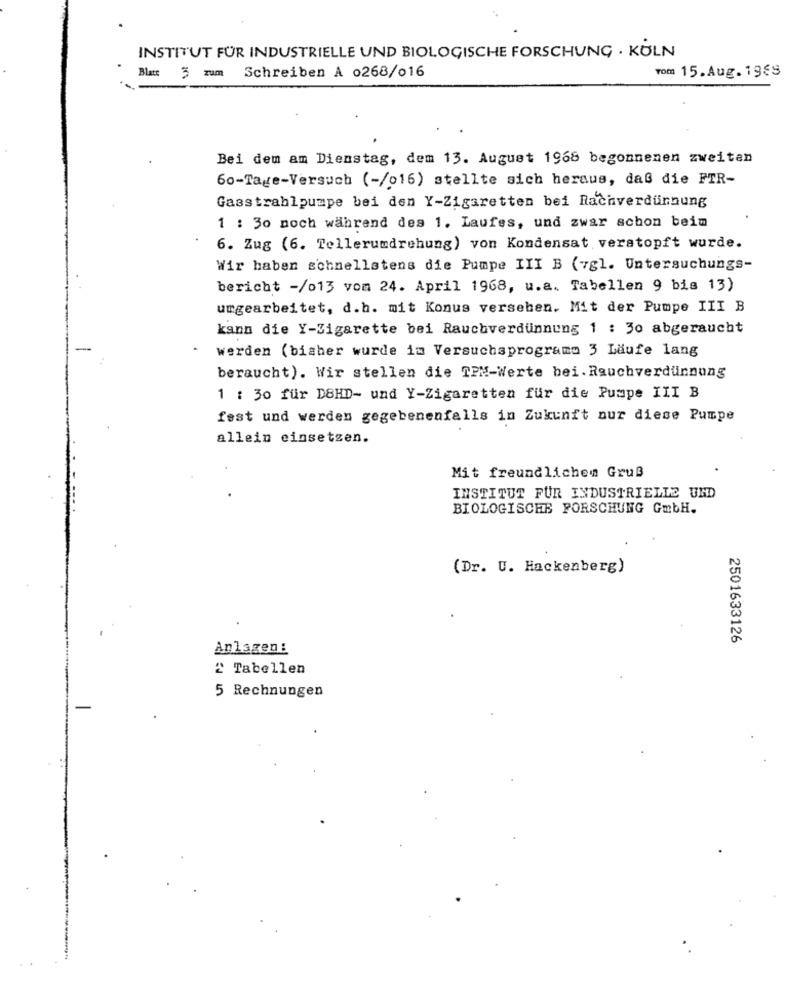
INSTITUT FÜR INDUSTRIELLE UND BIOLOGISCHE FORSCHUNG . KÖLN
vom 15.Aug. 19€S
Blatt 5 zum Schreiben A 0268/016
Bei dem am Dienstag, dem 13. August 1968 begonnenen zweiten
60-Tage-Versuch (-/016) stellte sich heraus, daß die FTR-
Gasstrahlpumpe bei den Y-Zigaretten bei Rachverdünnung
1 : 30 noch während des 1. Laufes, und zwar schon beim
6. Zug (6. Tellerumdrehung) von Kondensat verstopft wurde.
Wir haben schnellstens die Pumpe III B (vgl. Untersuchungs-
bericht -/013 vom 24. April 1968, u.a. Tabellen 9 bis 13)
umgearbeitet, d.h. mit Konus versehen. Mit der Pumpe III B
kann die Y-Zigarette bei Rauchverdünnung 1 : 30 abgeraucht
-
werden (bisher wurde im Versuchsprogramo 3 Läufe lang
beraucht). Wir stellen die TIM-Werte bei. Rauchverdünnung
1 : 30 für DSHD- und Y-Zigaretten für die Pumpe III B
fest und werden gegebenenfalls in Zukunft nur diese Pumpe
allein einsetzen.
Mit freundlichen Gruß
INSTITUT FUR INDUSTRIELLE UND
BIOLOGISCHE FORSCHUNG GmbH.
(Dr. U. Hackenberg)
2501633126
Anlagen:
2 Tabellen
5 Rechnungen
-